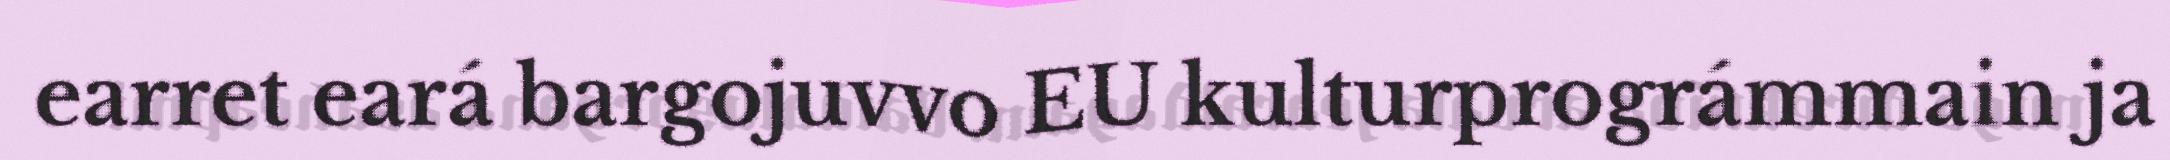
earret eará bargojuvvo EU kulturprográmmain ja